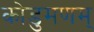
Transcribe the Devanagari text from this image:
कोडुमणम्